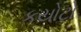
કયોટો